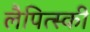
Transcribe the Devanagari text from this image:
लैपित्स्की